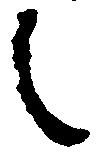
之